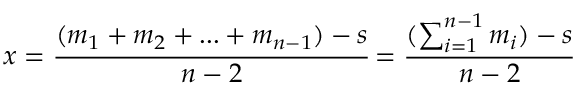
x = { \cfrac { ( m _ { 1 } + m _ { 2 } + . . . + m _ { n - 1 } ) - s } { n - 2 } } = { \cfrac { ( \sum _ { i = 1 } ^ { n - 1 } m _ { i } ) - s } { n - 2 } }